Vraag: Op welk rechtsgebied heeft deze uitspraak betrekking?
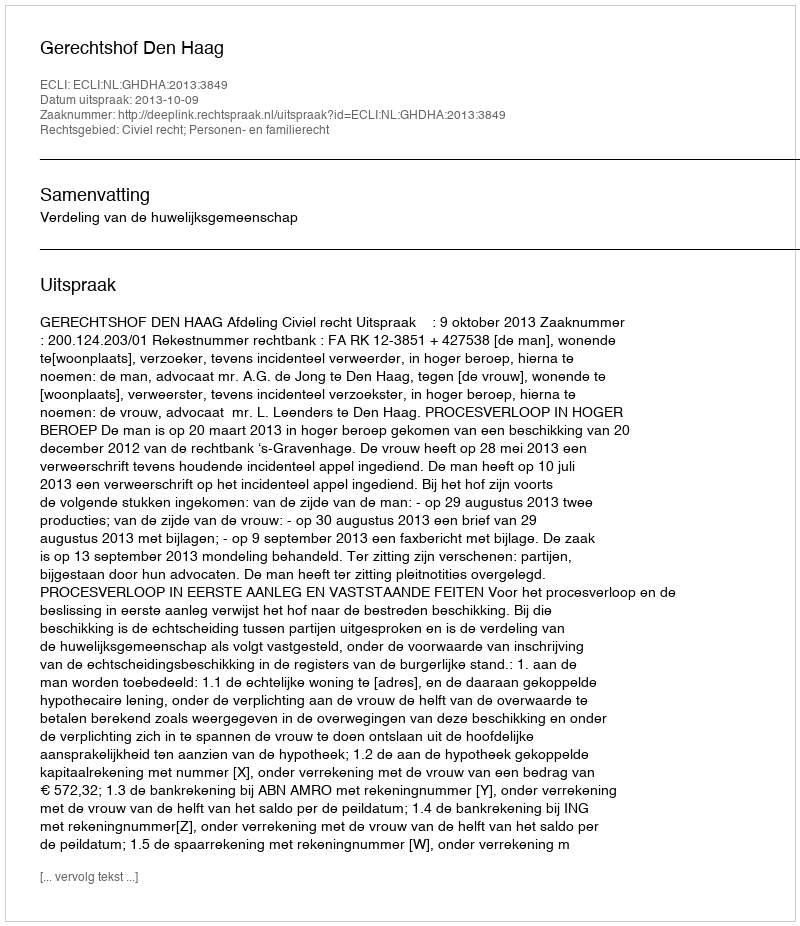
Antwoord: Civiel recht; Personen- en familierecht